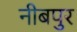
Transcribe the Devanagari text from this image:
नीबपुर